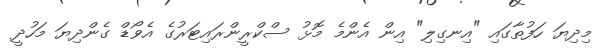
މިދިޔަ ހަފުތާގައި "އިނގިލި" އިން އެންމެ މޮޅު ސްކްރީންރައިޓަރުގެ އެވޯޑް ގެންދިޔަ މަހުދީ